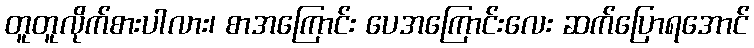
တူတူလိုက်စားပါလား၊ စာအကြောင်း ပေအကြောင်းလေး ဆက်ပြောရအောင်